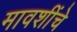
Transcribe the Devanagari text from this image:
मावशींचे